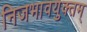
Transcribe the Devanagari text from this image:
निजभावयुक्तम्